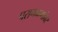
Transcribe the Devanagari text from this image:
परागकणांवर